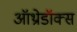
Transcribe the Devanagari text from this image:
ऑथ्रोडॉक्स